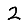
Digit: 2